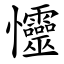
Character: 㦭